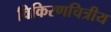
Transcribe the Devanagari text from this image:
विकिरणचित्रीय